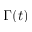
\Gamma ( t )